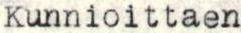
Kunnioittaen